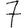
Digit: 7